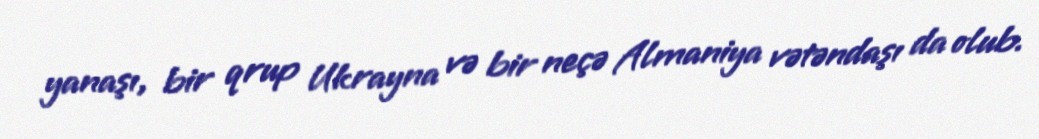
yanaşı, bir qrup Ukrayna və bir neçə Almaniya vətəndaşı da olub.